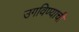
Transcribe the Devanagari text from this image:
उगविण्याची